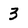
Character: 3